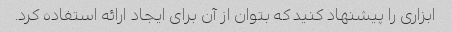
ابزاری را پیشنهاد کنید که بتوان از آن برای ایجاد ارائه استفاده کرد.